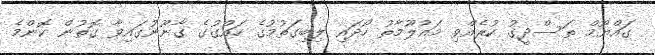
ގައްޔޫމް ތަސްދީގު ކުރެއްވި މައުލޫމާތު ހޯދައި ލިބިގަތުމުގެ ހައްގުގެ ގާނޫނުގައިވާ ގޮތުން ކޮންމެ